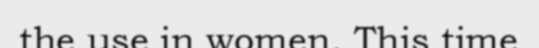
the use in women. This time